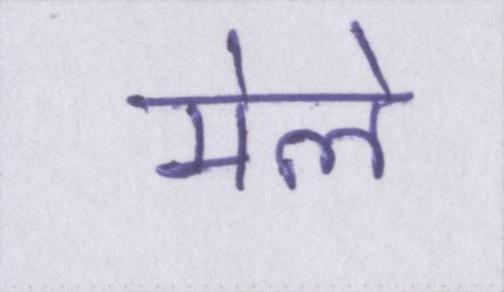
मेले